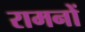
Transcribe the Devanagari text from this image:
रामनों